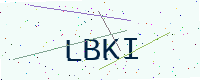
Text: LBKI